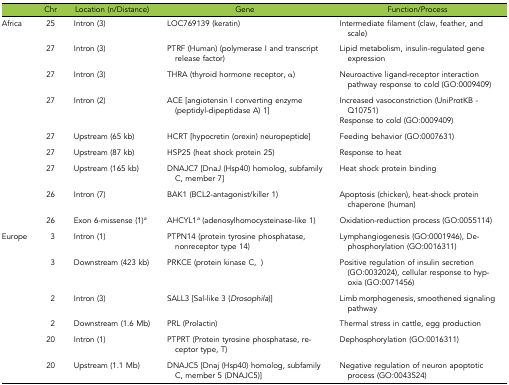
|  | Chr | Location (n/Distance) | Gene | Function/Process |
 | --- | --- | --- | --- | --- |
 | Africa | 25 | Intron (3) | LOC769139 (keratin) | Intermediate filament (claw, feather, and scale) |
 |  | 27 | Intron (3) | PTRF (Human) (polymerase I and transcript release factor) | Lipid metabolism, insulin-regulated gene expression |
 |  | 27 | Intron (3) | THRA (thyroid hormone receptor, α) | Neuroactive ligand-receptor interaction pathway response to cold (GO:0009409) |
 |  | 27 | Intron (2) | ACE [angiotensin I converting enzyme (peptidyl-dipeptidase A) 1] | Increased vasoconstriction (UniProtKB - Q10751) |
 |  |  |  |  | Response to cold (GO:0009409) |
 |  | 27 | Upstream (65 kb) | HCRT [hypocretin (orexin) neuropeptide] | Feeding behavior (GO:0007631) |
 |  | 27 | Upstream (87 kb) | HSP25 (heat shock protein 25) | Response to heat |
 |  | 27 | Upstream (165 kb) | DNAJC7 [DnaJ (Hsp40) homolog, subfamily C, member 7] | Heat shock protein binding |
 |  | 26 | Intron (7) | BAK1 (BCL2-antagonist/killer 1) | Apoptosis (chicken), heat-shock protein chaperone (human) |
 |  | 26 | Exon 6-missense (1)a | AHCYL1a (adenosylhomocysteinase-like 1) | Oxidation-reduction process (GO:0055114) |
 | Europe | 3 | Intron (1) | PTPN14 (protein tyrosine phosphatase, nonreceptor type 14) | Lymphangiogenesis (GO:0001946), Dephosphorylation (GO:0016311) |
 |  | 3 | Downstream (423 kb) | PRKCE (protein kinase C, ɛ) | Positive regulation of insulin secretion (GO:0032024), cellular response to hypoxia (GO:0071456) |
 |  | 2 | Intron (3) | SALL3 [Sal-like 3 (Drosophila)] | Limb morphogenesis, smoothened signaling pathway |
 |  | 2 | Downstream (1.6 Mb) | PRL (Prolactin) | Thermal stress in cattle, egg production |
 |  | 20 | Intron (1) | PTPRT (Protein tyrosine phosphatase, receptor type, T) | Dephosphorylation (GO:0016311) |
 |  | 20 | Upstream (1.1 Mb) | DNAJC5 [Dnaj (Hsp40) homolog, subfamily C, member 5 (DNAJC5)] | Negative regulation of neuron apoptotic process (GO:0043524) |